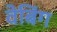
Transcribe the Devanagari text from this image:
वेबिंग